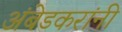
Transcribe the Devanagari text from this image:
अंबेडकरांनी